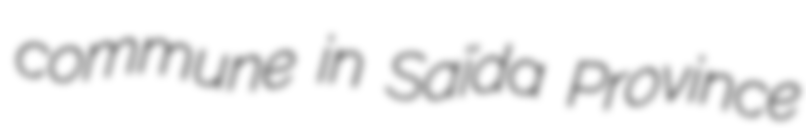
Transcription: commune in Saïda Province